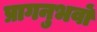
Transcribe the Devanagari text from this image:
प्रागनुभवों